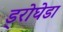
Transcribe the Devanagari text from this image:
ड्रोघेडा